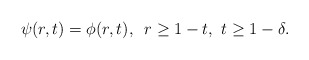
\begin{align*}\psi(r,t)=\phi(r,t),\,\,\,r\ge 1-t,\,\,t\ge 1-\delta.\end{align*}